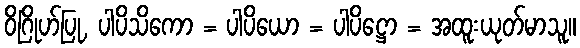
ဝိဂြိုဟ်ပြု, ပါပိသိကော = ပါပိယော = ပါပိဋ္ဌော = အထူးယုတ်မာသူ။